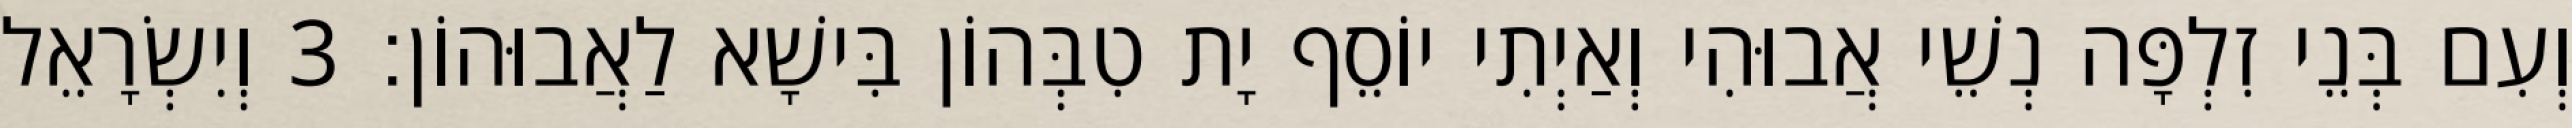
וְעִם בְּנֵי זִלְפָּה נְשֵׁי אֲבוּהִי וְאַיְתִי יוֹסֵף יָת טִבְּהוֹן בִּישָׁא לַאֲבוּהוֹן׃ 3 וְיִשְׂרָאֵל